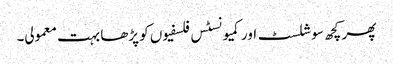
پھر کچھ سوشلسٹ اور کمیونسٹس فلسفیوں کو پڑھا بہت معمولی۔